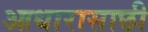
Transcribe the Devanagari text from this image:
आधारासाछी